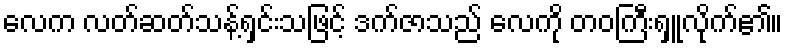
လေက လတ်ဆတ်သန့်ရှင်းသဖြင့် ဒက်ဇာသည် လေကို တဝကြီးရှူလိုက်၏။